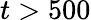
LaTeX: t>500